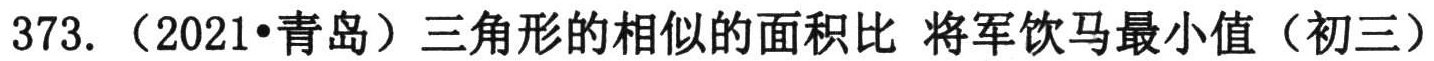
373. （2021•青岛）三角形的相似的面积比 将军饮马最小值（初三）